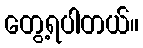
တွေ့ရပါတယ်။